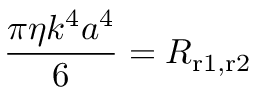
{ \frac { \pi \eta k ^ { 4 } a ^ { 4 } } { 6 } } = R _ { \mathrm { r 1 , r 2 } }